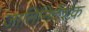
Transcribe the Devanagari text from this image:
जातिनिर्देशक